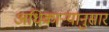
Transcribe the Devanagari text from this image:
अधिकाऱ्यानुसार